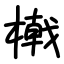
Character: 橶